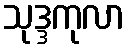
သုဒ္ဒကုလာ